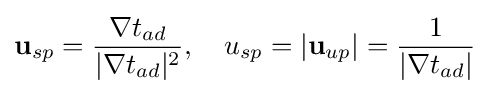
\mathbf {u} _{sp}={\frac {\nabla t_{ad}}{|\nabla t_{ad}|^{2}}},\quad u_{sp}=|\mathbf {u} _{up}|={\frac {1}{|\nabla t_{ad}|}}